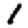
Digit: 1